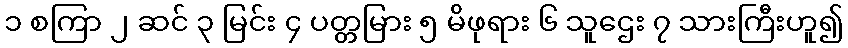
၁ စကြာ ၂ ဆင် ၃ မြင်း ၄ ပတ္တမြား ၅ မိဖုရား ၆ သူဌေး ၇ သားကြီးဟူ၍